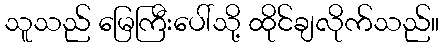
သူသည် မြေကြီးပေါ်သို့ ထိုင်ချလိုက်သည်။